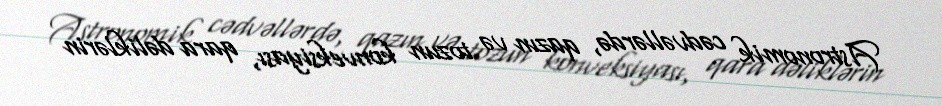
Astronomik cədvəllərdə, qazın və tozun konveksiyası, qara dəliklərin